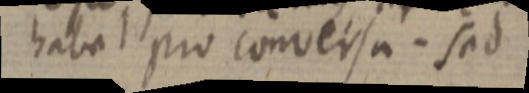
habet pro conversa. Sed